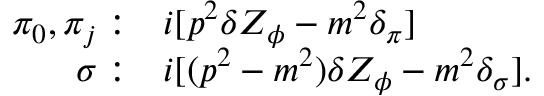
\begin{array} { r l } { { \pi _ { 0 } , \pi _ { j } : } } & { { i [ p ^ { 2 } \delta Z _ { \phi } - m ^ { 2 } \delta _ { \pi } ] } } \\ { { \sigma : } } & { { i [ ( p ^ { 2 } - m ^ { 2 } ) \delta Z _ { \phi } - m ^ { 2 } \delta _ { \sigma } ] . } } \end{array}